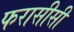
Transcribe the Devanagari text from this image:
फरासीसी